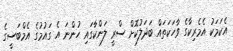
އެކަމަކު އެމެރިކާގެ ވާހަކަތައް ބަަދަލުކޮށް ސްރީ ލަންކާގައި ހުންނަ އެ ގައުމުގެ އެމްބަސީގެ